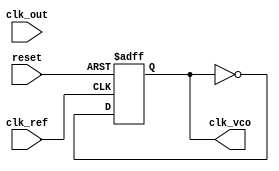
module PLL (
    input wire clk_ref,          // Reference clock input
    input wire clk_out,          // Output clock input
    input wire reset,            // Reset signal
    output reg clk_vco           // VCO output clock
);

    // Parameters
    parameter MEMORY_SIZE = 8;   // Size of the memory block for phase errors
    parameter FILTER_COEFF = 4;   // Coefficient for loop filter

    // Internal signals
    reg [MEMORY_SIZE-1:0] phase_error_memory [0:MEMORY_SIZE-1]; // Memory for phase errors
    reg [MEMORY_SIZE-1:0] phase_error; // Current phase error
    reg [7:0] control_voltage; // Control voltage for VCO
    reg [7:0] vco_frequency;   // VCO frequency control
    integer i;

    // Phase Detector (PD)
    always @(posedge clk_ref or posedge reset) begin
        if (reset) begin
            phase_error <= 0;
        end else begin
            // Simple phase detection logic (XOR for example)
            phase_error <= (clk_ref ^ clk_out) ? 1 : 0; // Phase error signal
        end
    end

    // Memory Block for Phase Errors
    always @(posedge clk_ref or posedge reset) begin
        if (reset) begin
            for (i = 0; i < MEMORY_SIZE; i = i + 1) begin
                phase_error_memory[i] <= 0;
            end
        end else begin
            // Shift memory and store current phase error
            for (i = MEMORY_SIZE-1; i > 0; i = i - 1) begin
                phase_error_memory[i] <= phase_error_memory[i-1];
            end
            phase_error_memory[0] <= phase_error; // Store new phase error
        end
    end

    // Loop Filter (LF)
    always @(posedge clk_ref or posedge reset) begin
        if (reset) begin
            control_voltage <= 0;
        end else begin
            // Simple low-pass filter implementation
            control_voltage <= control_voltage + (phase_error_memory[0] * FILTER_COEFF);
        end
    end

    // Voltage-Controlled Oscillator (VCO)
    always @(posedge clk_ref or posedge reset) begin
        if (reset) begin
            vco_frequency <= 0;
            clk_vco <= 0;
        end else begin
            // Adjust VCO frequency based on control voltage
            vco_frequency <= control_voltage; // Example: direct control
            clk_vco <= ~clk_vco; // Toggle output clock (simple VCO behavior)
        end
    end

endmodule